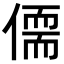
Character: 𪝥